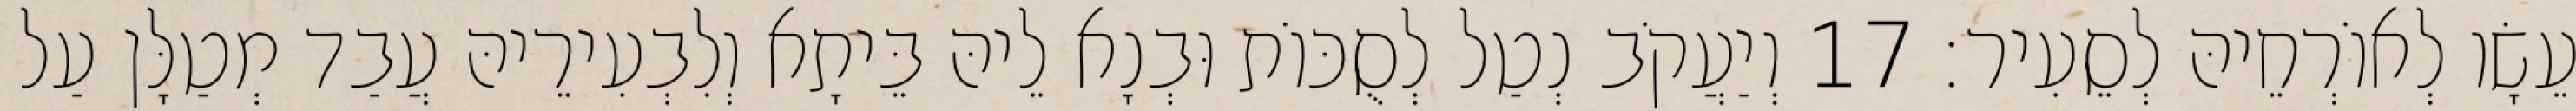
עֵשָׂו לְאוֹרְחֵיהּ לְסֵעִיר׃ 17 וְיַעֲקֹב נְטַל לְסֻכּוֹת וּבְנָא לֵיהּ בֵּיתָא וְלִבְעִירֵיהּ עֲבַד מְטַלָּן עַל